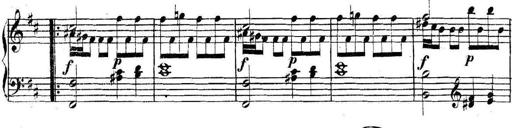
Title: Collected Piano Sonatas
Composer: Muzio Clementi